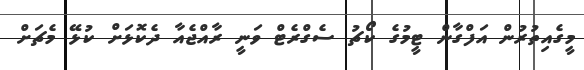
މީގެއިތުރުން އަފްގާން ޓީމުގެ ކޯޗު ސެގްރެޓް ވަނީ ރާއްޖެއާ ދެކޮޅަށް ކުޅޭ މެޗަށް